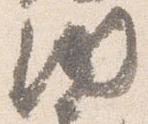
納